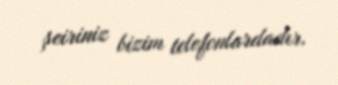
şeiriniz bizim telefonlardadır.